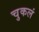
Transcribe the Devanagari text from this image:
चुकलं